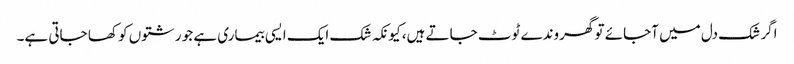
اگر شک دل میں آجائے تو گھروندے ٹوٹ جاتے ہیں، کیونکہ شک ایک ایسی بیماری ہے جو رشتوں کو کھا جاتی ہے۔